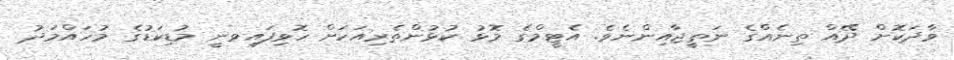
ވާދަކޮށް ދޭއް ތިނެއްގެ ނަތީޖާއިންނެވެ. އެޓީމްގެ މޮޅު ކުޅުންތެރިއަކަށް ހޮވިފައިވނީ މުޑިކަޑުގެ މުހައްމަދު